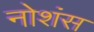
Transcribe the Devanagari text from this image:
नोशंस